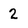
Character: 2